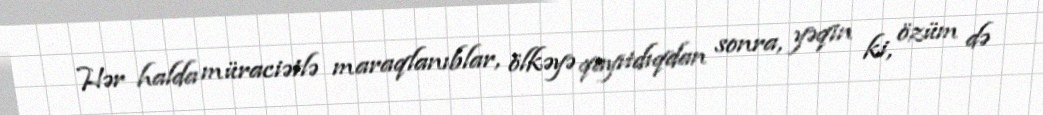
Hər halda müraciətlə maraqlanıblar, ölkəyə qayıtdıqdan sonra, yəqin ki, özüm də